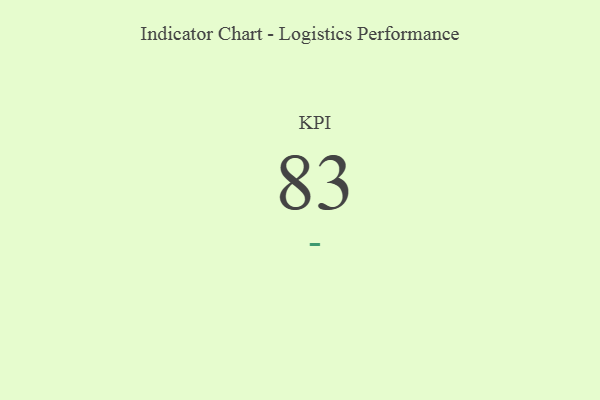
{"axis": {"x": "KPI", "y": "Value"}, "legend": [""], "data": [{"x": "KPI", "y": 83, "type": ""}]}